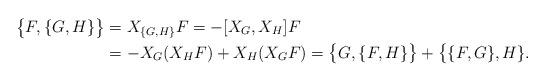
LaTeX: \begin{align*}\big\{F,\{G,H\}\big\}&= X_{\{G,H\}} F= - [X_G, X_H]F \\&= - X_G(X_H F) + X_H(X_G F) = \big\{G, \{F,H\}\big\} + \big\{\{F, G\},H\}. \end{align*}